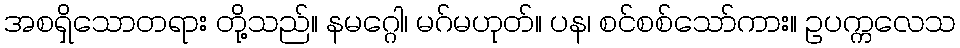
အစရှိသောတရား တို့သည်။ နမဂ္ဂေါ၊ မဂ်မဟုတ်။ ပန၊ စင်စစ်သော်ကား။ ဥပက္ကလေသ